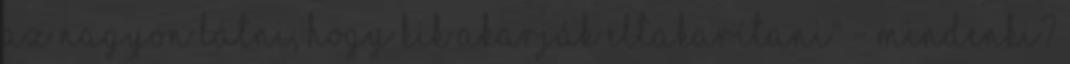
az nagyon látni, hogy kik akarják eltakarítani" - mindenki?